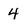
Character: 4